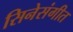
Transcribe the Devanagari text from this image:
सिनेसंगीत